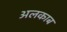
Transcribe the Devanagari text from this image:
अलकाब